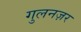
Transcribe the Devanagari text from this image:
गुलनज़र